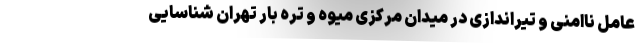
عامل ناامنی و تیراندازی در میدان مرکزی میوه و تره بار تهران شناسایی